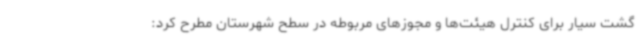
گشت سیار برای کنترل هیئت‌ها و مجوزهای مربوطه در سطح شهرستان مطرح کرد: